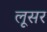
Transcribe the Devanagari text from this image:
लूसर